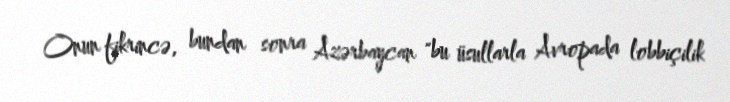
Onun fikrincə, bundan sonra Azərbaycan "bu üsullarla Avropada lobbiçilik